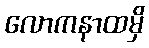
လောကနာထမှိ